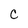
Character: c